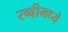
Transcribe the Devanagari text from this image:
रब्बीमध्ये